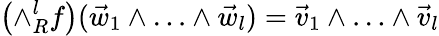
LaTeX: \left(\land_{R}^{l}f\right)(\vec{w}_{1}\land\dotsc\land\vec{w}_{l})=\vec{v}_{1}\land\dotsc\land\vec{v}_{l}